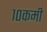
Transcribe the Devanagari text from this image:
१०कमी